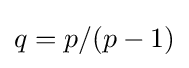
q=p/(p-1)